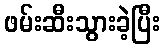
ဖမ်းဆီးသွားခဲ့ပြီး